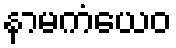
နာမကံယေဝ